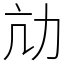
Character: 劥